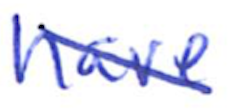
Text: have
Cross-out: diagonal
Writing tool: ballpoint